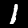
Digit: 1